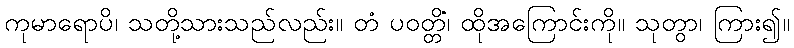
ကုမာရောပိ၊ သတို့သားသည်လည်း။ တံ ပဝတ္တိံ၊ ထိုအကြောင်းကို။ သုတွာ၊ ကြား၍။